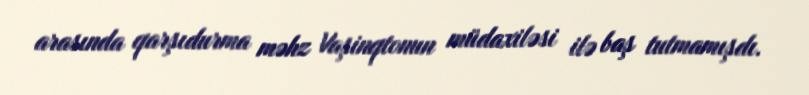
arasında qarşıdurma məhz Vaşinqtonun müdaxiləsi ilə baş tutmamışdı.